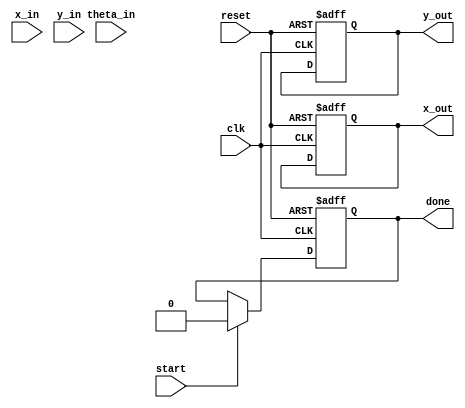
module cordic_2d (
    input clk,
    input reset,
    input start,
    input signed [15:0] x_in,     // Input X vector
    input signed [15:0] y_in,     // Input Y vector
    input signed [15:0] theta_in,  // Input angle in fixed-point format
    output reg signed [15:0] x_out, // Output X vector
    output reg signed [15:0] y_out, // Output Y vector
    output reg done               // Operation done flag
);

    // Parameters
    parameter NUM_ITERATIONS = 16;
    parameter FIXED_POINT = 16;
    
    // Rotation angle table (arctan(2^-i))
    reg signed [15:0] angle_table [0:NUM_ITERATIONS-1];
    initial begin
        angle_table[0] = 16'h2000; // atan(1) = 45 degrees
        angle_table[1] = 16'h1000; // atan(1/2)
        angle_table[2] = 16'h0800; // atan(1/4)
        angle_table[3] = 16'h0400; // atan(1/8)
        angle_table[4] = 16'h0200; // atan(1/16)
        angle_table[5] = 16'h0100; // atan(1/32)
        angle_table[6] = 16'h0080; // atan(1/64)
        angle_table[7] = 16'h0040; // atan(1/128)
        angle_table[8] = 16'h0020; // atan(1/256)
        angle_table[9] = 16'h0010; // atan(1/512)
        angle_table[10] = 16'h0008; // atan(1/1024)
        angle_table[11] = 16'h0004; // atan(1/2048)
        angle_table[12] = 16'h0002; // atan(1/4096)
        angle_table[13] = 16'h0001; // atan(1/8192)
        angle_table[14] = 16'h0000; // atan(1/16384)
        angle_table[15] = 16'hFFFF; // atan(1/32768)
    end

    // State variables
    reg [3:0] iteration; // Iteration counter
    reg signed [15:0] x; // Current X value
    reg signed [15:0] y; // Current Y value
    reg signed [15:0] theta; // Current angle

    // FSM for CORDIC operation
    always @(posedge clk or posedge reset) begin
        if (reset) begin
            x <= 0;
            y <= 0;
            theta <= 0;
            iteration <= 0;
            done <= 0;
            x_out <= 0;
            y_out <= 0;
        end else if (start) begin
            // Initialize inputs
            x <= x_in;
            y <= y_in;
            theta <= theta_in;
            iteration <= 0;
            done <= 0;
        end else if (iteration < NUM_ITERATIONS) begin
            // CORDIC rotation
            if (theta < 0) begin
                // Rotate clockwise
                x <= x + (y >>> iteration);
                y <= y - (x >>> iteration);
                theta <= theta + angle_table[iteration];
            end else begin
                // Rotate counterclockwise
                x <= x - (y >>> iteration);
                y <= y + (x >>> iteration);
                theta <= theta - angle_table[iteration];
            end
            iteration <= iteration + 1;
        end else if (iteration == NUM_ITERATIONS) begin
            // Final output assignment
            x_out <= x;
            y_out <= y;
            done <= 1; // Mark operation as done
        end
    end
endmodule